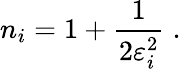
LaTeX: n_{i}=1+\frac{1}{2\varepsilon_{i}^{2}}\; .